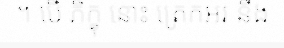
។ បើ ភិក្ខុ នោះ ត្រេកអរ នឹង